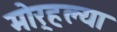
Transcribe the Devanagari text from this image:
मोर्‍हल्या